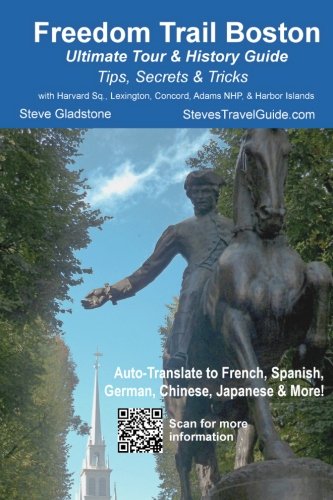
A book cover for Freedom Trail Boston - Ultimate Tour & History Guide - Tips, Secrets, & Tricks; Steve Gladstone; Travel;